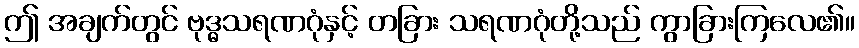
ဤ အချက်တွင် ဗုဒ္ဓသရဏဂုံနှင့် တခြား သရဏဂုံတို့သည် ကွာခြားကြလေ၏။